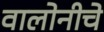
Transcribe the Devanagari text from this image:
वालोनीचे